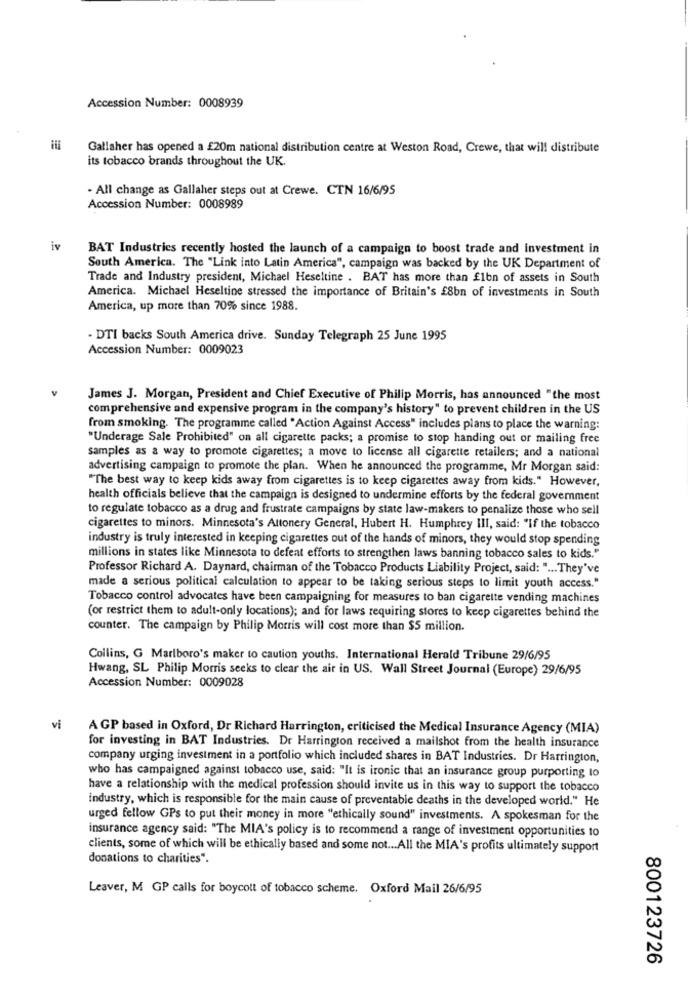
Accession Number: 0008939
Gallaher has opened a £20m national distribution centre at Weston Road, Crewe, that will distribute
its tobacco brands throughout the UK.
. All change as Gallaher steps out at Crewe. CTN 16/6/95
Accession Number: 0008989
iv
BAT Industries recently hosted the launch of a campaign to boost trade and investment in
South America. The "Link into Latin America", campaign was backed by the UK Department of
Trade and Industry president, Michael Heseltine . BAT has more than Elbn of assets in South
America. Michael Heseltine stressed the importance of Britain's £8bn of investments in South
America, up more than 70% since 1988.
- DTI backs South America drive. Sunday Telegraph 25 June 1995
Accession Number: 0009023
James J. Morgan, President and Chief Executive of Philip Morris, has announced "the most
comprehensive and expensive program in the company's history" to prevent children in the US
from smoking. The programme called "Action Against Access" includes plans to place the warning:
"Underage Sale Prohibited" on all cigarette packs; a promise to stop handing out or mailing free
samples as a way to promote cigarettes; a move to license all cigarette retailers; and a national
advertising campaign to promote the plan. When he announced the programme, Mr Morgan said:
"The best way to keep kids away from cigarettes is to keep cigarettes away from kids." However,
health officials believe that the campaign is designed to undermine efforts by the federal govemment
to regulate tobacco as a drug and frustrate campaigns by state law-makers to penalize those who sell
cigarettes to minors. Minnesota's Altonery General, Hubert H. Humphrey III, said: "If the tobacco
industry is truly interested in keeping cigarettes out of the hands of minors, they would stop spending
millions in states like Minnesota to defeat efforts to strengthen laws banning tobacco sales to kids."
Professor Richard A. Daynard, chairman of the Tobacco Products Liability Project, said: " ... They've
made a serious political calculation to appear to be taking serious steps to limit youth access."
Tobacco control advocates have been campaigning for measures to ban cigarette vending machines
(or restrict them to adult-only locations); and for laws requiring stores to keep cigarettes behind the
counter. The campaign by Philip Morris will cost more than $5 million.
Collins, G Marlboro's maker to caution youths. International Herald Tribune 29/6/95
Hwang, SL Philip Morris seeks to clear the air in US. Wall Street Journal (Europe) 29/6/95
Accession Number: 0009028
vi
A GP based in Oxford, Dr Richard Harrington, criticised the Medical Insurance Agency (MIA)
for investing in BAT Industries. Dr Harrington received a mailshot from the health insurance
company urging investment in a portfolio which included shares in BAT Industries. Dr Harrington,
who has campaigned against tobacco use, said: "It is ironic that an insurance group purporting lo
have a relationship with the medical profession should invite us in this way to support the tobacco
industry, which is responsible for the main cause of preventable deaths in the developed world." He
urged fellow GPs to put their money in more "ethically sound" investments. A spokesman for the
insurance agency said: "The MIA's policy is to recommend a range of investment opportunities to
clients, some of which will be ethically based and some not ... All the MIA's profits ultimately support
donations to charities".
Leaver, M GP calls for boycott of tobacco scheme. Oxford Mail 26/6/95
800123726